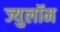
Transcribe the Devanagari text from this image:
ज्युलॉम